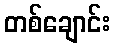
တစ်ချောင်း